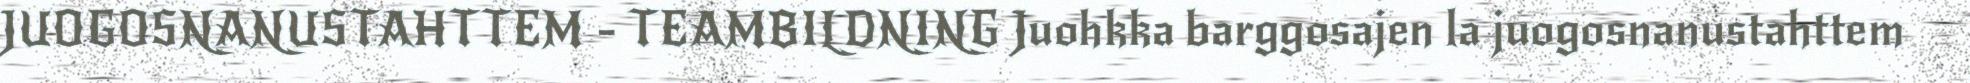
JUOGOSNANUSTAHTTEM - TEAMBILDNING Juohkka barggosajen la juogosnanustahttem